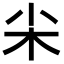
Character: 𡭢